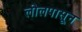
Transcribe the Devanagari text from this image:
लीलपासून